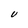
Character: U